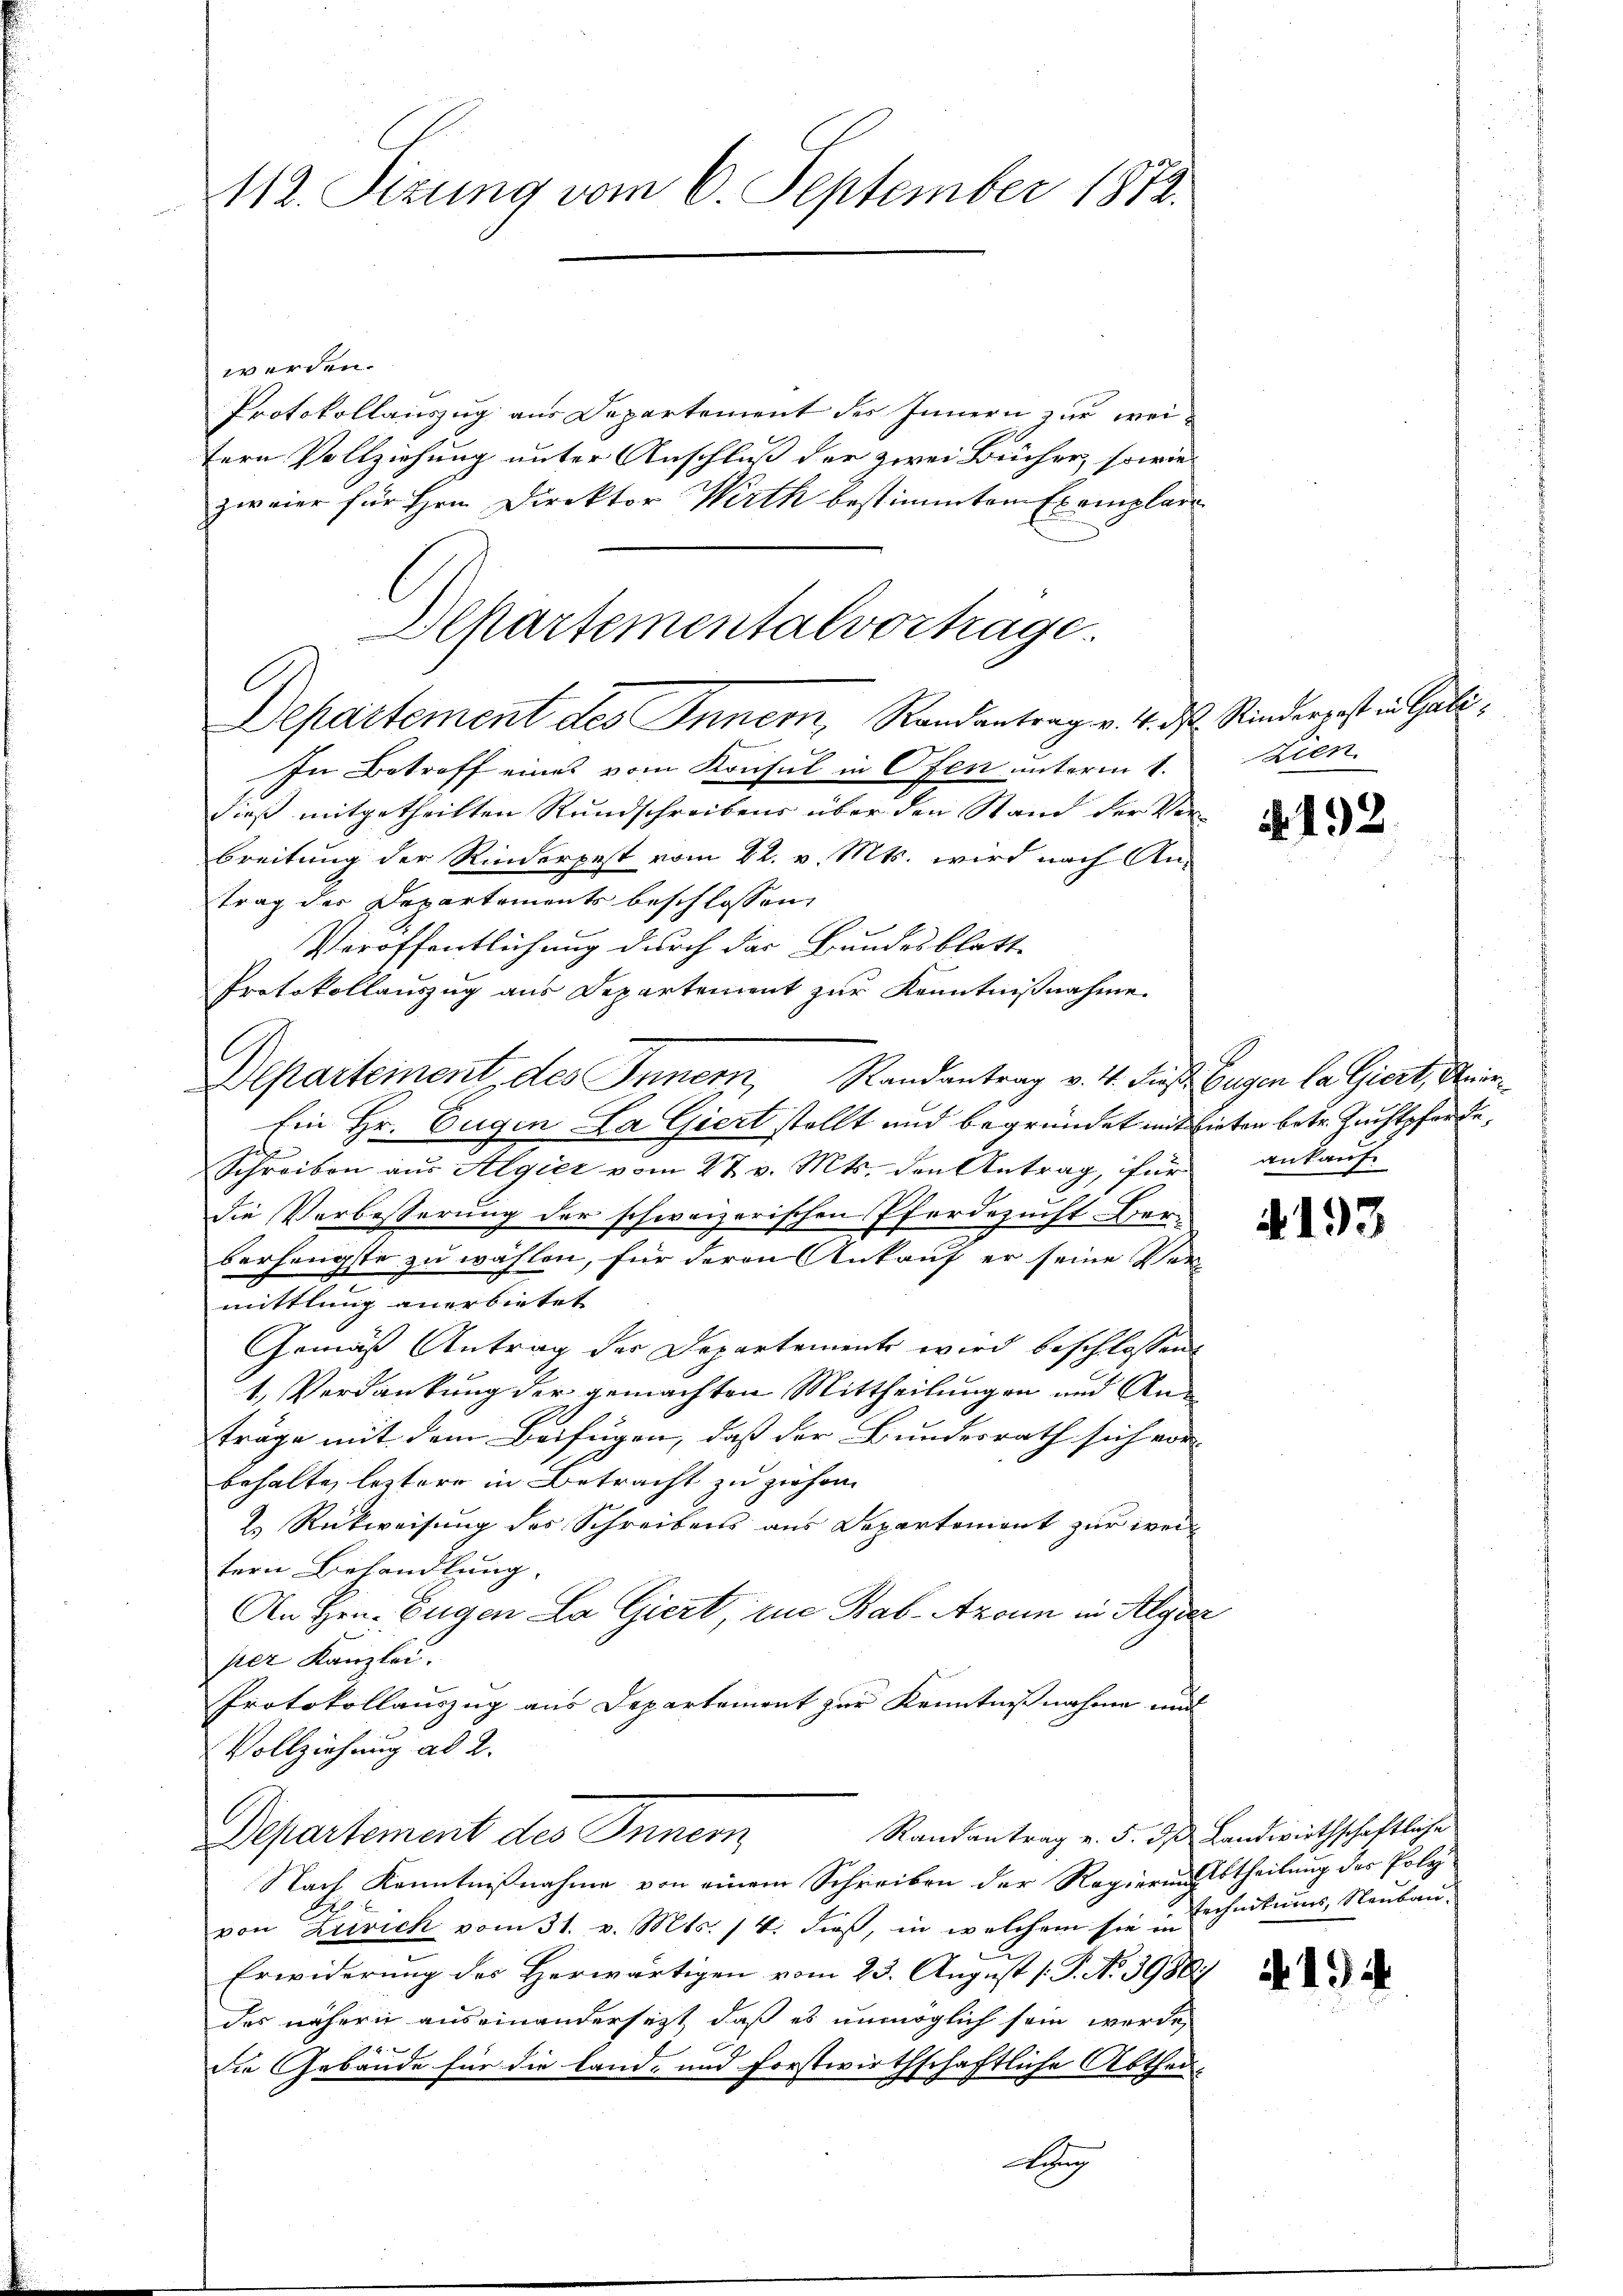
112. Sizung vom 6. September 1872.

werden.
Protokollauszug aus Departement des Innern zur weitern Vollziehung unter Anschluß der zwei Bücher, sowie
zweier für Hrn. Direktor Wirth bestimmtem Exemplare
In Betreff eines vom Konsul in Ofen unterm 1.
dieß mitgetheilten Rundschreibens über den Stand der Verbreitung der Rinderpest vom 22. v. Mts. wird nach Antrag der Departements beschlossen,
Veröffentlichung durch das Bundesblatt-
Protokollauszug aus Departement zur Kenntnißnahme.
Departement, des Innern, Randantrag v. 4. dieß. Eugen la Giert, Aner¬
Ein Hr. Eugen La Giert stellt und begründet mit bieten betr. Zuchtpferde,
d
Schreiben aus Algier vom 27. v. Mts. den Antrag, für
die Verbesserung der schweizerischen Pferdezucht Ber-
berhängste zu wählen, für deren Ankauf er seine Ver-
mittlung anerbietet
Gemäß Antrag der Departemente wird beschlossen:
1. Verdankung der gemachten Mittheilungen und An
träge mit dem Beifügen, daß der Bundesrath sich vorbehalte, leztere in Betracht zu ziehen.
2. Rückweisung des Schreibens aus Departement zur weitern Behandlung.
An Hrn. Eugen La Giert, in Bab-Axonn in Algier
per Kanzlei.
Protokollauszug aus Departement zur Kenntnißnahme und
Vollziehung ad 2.
Randantrag v. 5. ds Landwirthschaftliche
Departement des Inner
Nach Kenntnißnahme von einem Schreiben der Regierungstheilung der Poly¬
E
G
von Zusich vom 31. v. Mts. 14. dieß, in welchem sie in schnitums, Neubau-
Erwiderung des Herwärtigen vom 23. August [P. No. 3988
des nähern auseinandersezt, daß es unmöglich sein werde,
.
die Gebäude für die Land- und forstwirthschaftliche Abthei¬
A

Departementalvortrage.
Departement des Innern, Randantrag v. 4. ds. Rinderpost in Gali¬

Kien

. 492.

ankauf

4193

4194